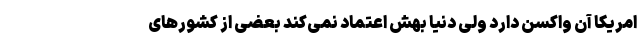
امریکا آن واکسن دارد ولی دنیا بهش اعتماد نمی‌کند بعضی از کشورهای